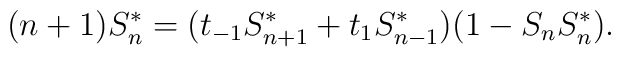
(n+1)S_{n}^{*}=(t_{-1}S_{n+1}^{*}+t_{1}S_{n-1}^{*})(1-S_{n}S_{n}^{*}).